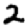
Digit: 2